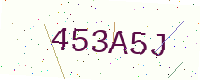
Text: 453A5J